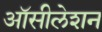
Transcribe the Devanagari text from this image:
ऑसीलेशन